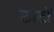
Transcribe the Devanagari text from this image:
ठाटों